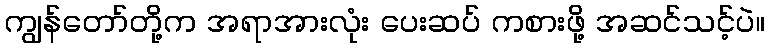
ကျွန်တော်တို့က အရာအားလုံး ပေးဆပ် ကစားဖို့ အဆင်သင့်ပဲ။